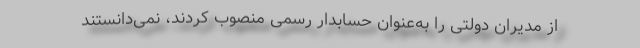
از مدیران دولتی را به‌عنوان حسابدار رسمی منصوب كردند، نمی‌دانستند